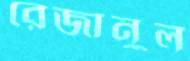
রেজানুল